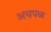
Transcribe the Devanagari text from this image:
अचपळ